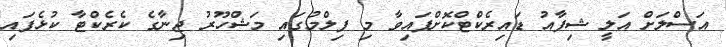
އަސްލަށް އަލީ ޝިފާއު ޑައިރެކްޓްކޮށްފައިވާ މި ފިލްމުގައި މަޝްހޫރު ޖިނާގެ ކެރެކްޓާ ކުޅެފައި